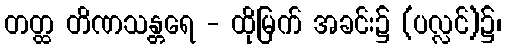
တတ္ထ တိဏသန္တရေ - ထိုမြက် အခင်း၌ (ပလ္လင်)၌၊